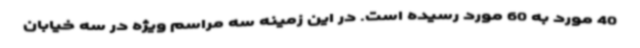
40 مورد به 60 مورد رسیده است. در این زمینه سه مراسم ویژه در سه خیابان